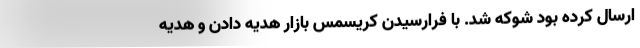
ارسال کرده بود شوکه شد. با فرارسیدن کریسمس بازار هدیه دادن و هدیه